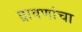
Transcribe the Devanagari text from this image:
द्रावणांचा